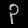
Digit: ၃